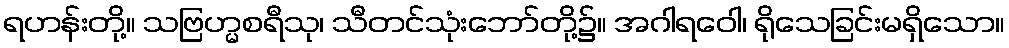
ရဟန်းတို့။ သဗြဟ္မစရီသု၊ သီတင်သုံးဘော်တို့၌။ အဂါရဝေါ၊ ရိုသေခြင်းမရှိသော။